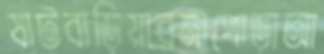
ষাটবাড়িয়ারনাপোড়াআ